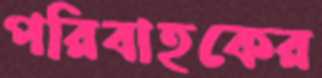
পরিবাহকের